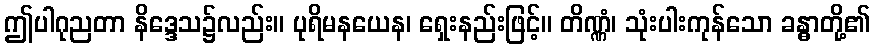
ဤပါဂုညတာ နိဒ္ဒေသ၌လည်း။ ပုရိမနယေန၊ ရှေးနည်းဖြင့်။ တိဏ္ဏံ၊ သုံးပါးကုန်သော ခန္ဓာတို့၏